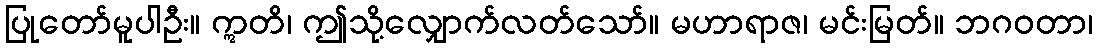
ပြုတော်မူပါဦး။ ဣတိ၊ ဤသို့လျှောက်လတ်သော်။ မဟာရာဇ၊ မင်းမြတ်။ ဘဂဝတာ၊